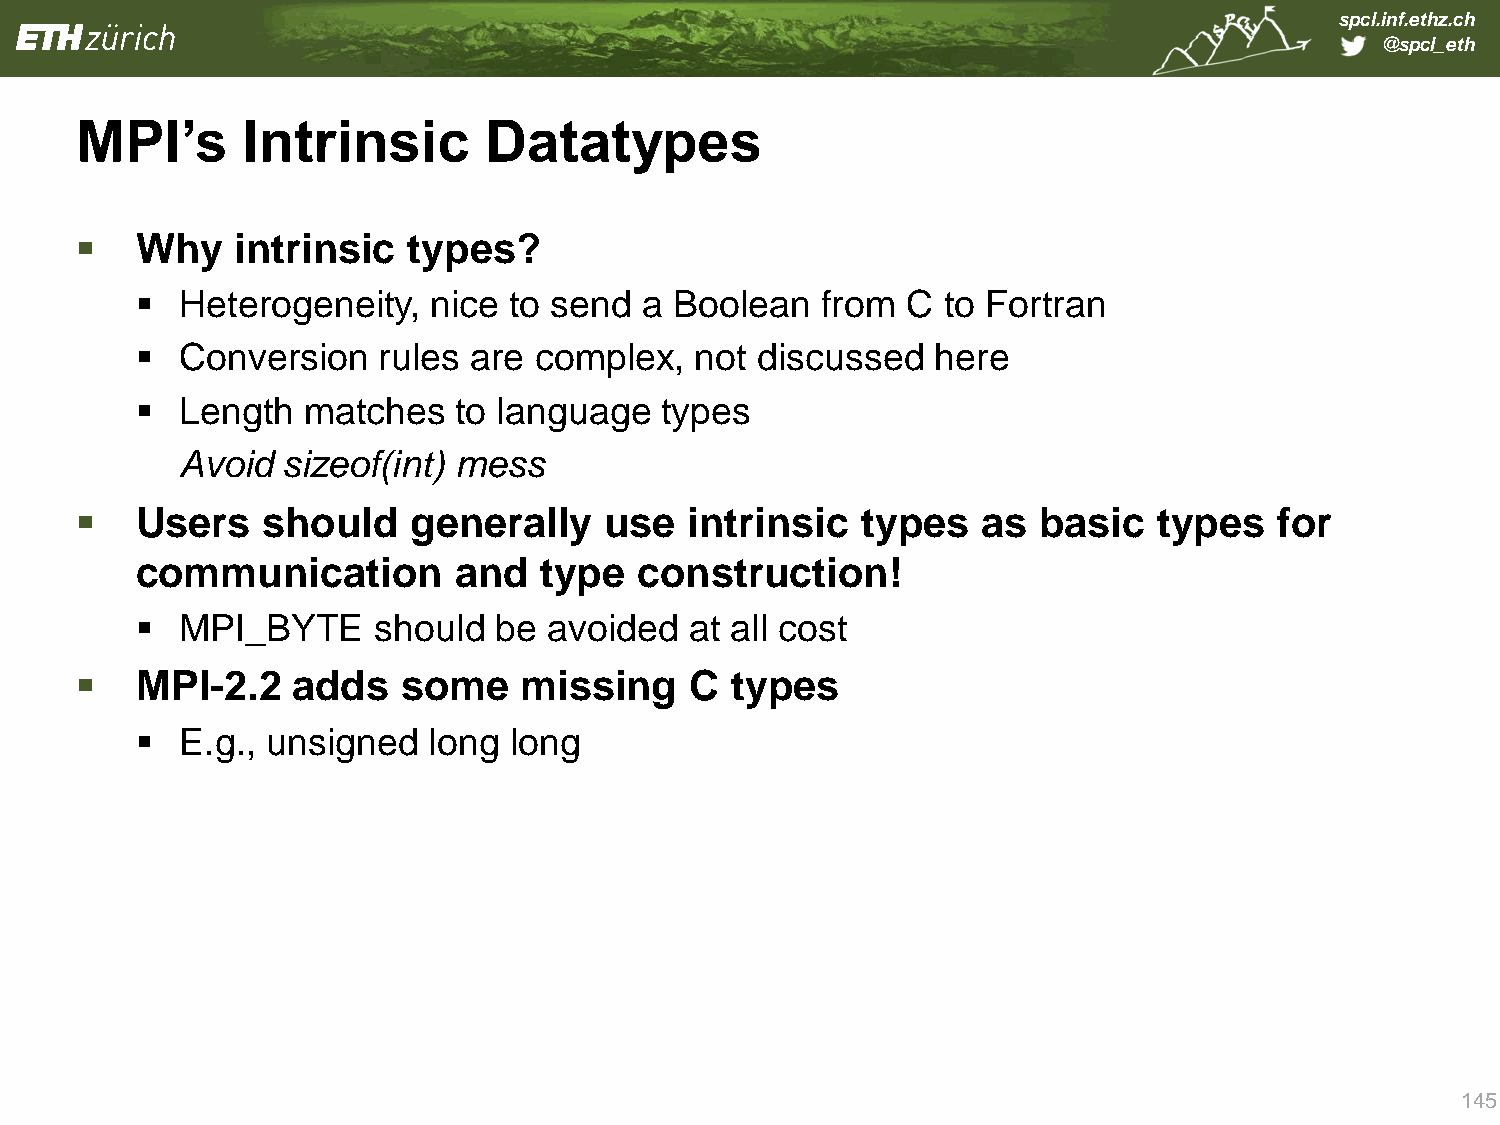
spcl.inf.ethz.ch
 @spcl_eth
 MPI‟s      Intrinsic       Datatypes
    Why    intrinsic  types?
   Heterogeneity,  nice  to send  a Boolean  from  C to Fortran
   Conversion   rules are complex,   not discussed   here
   Length  matches   to language   types
 Avoid  sizeof(int) mess
    Users   should    generally    use   intrinsic  types   as  basic   types   for
 communication        and   type  construction!
   MPI_BYTE     should  be avoided   at all cost
    MPI-2.2   adds    some    missing    C types
   E.g., unsigned  long  long
 145